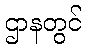
ဌာနတွင်